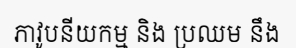
ភាវូបនីយកម្ម និង ប្រឈម នឹង